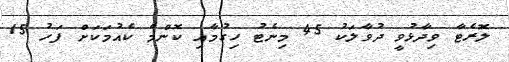
ލޮރެޓާ ވިދާޅުވީ ދުވާލަކު 45 މިނެޓު ހިގުމާއި ކޮންމެ ކެއުމަކަށް ފަހު 15